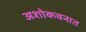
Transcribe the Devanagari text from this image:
अशोकवनात